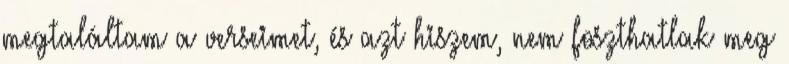
megtaláltam a verseimet, és azt hiszem, nem foszthatlak meg